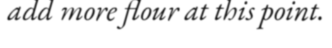
add more flour at this point.